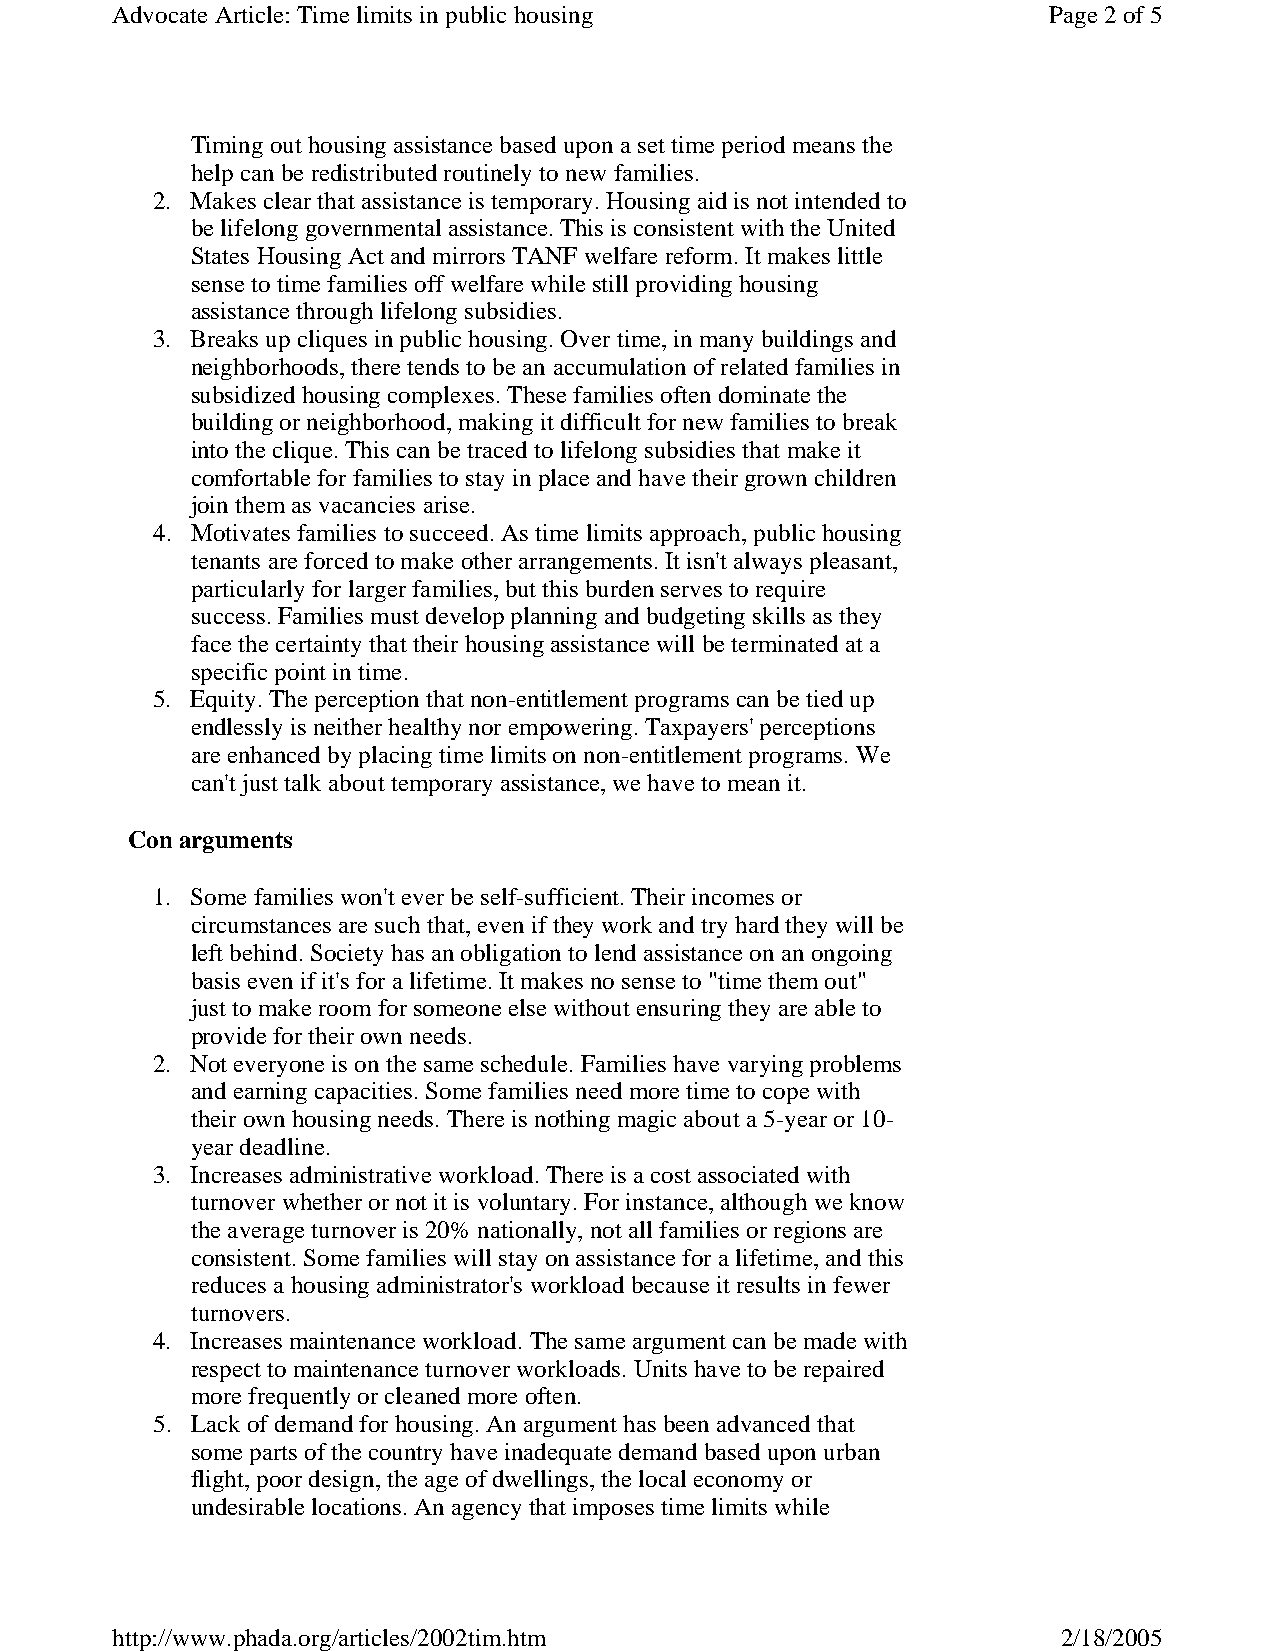
Advocate Article: Time limits in public housing               Page 2of 5
 Timing out housing assistance based upon a set time period means the
 help can be redistributed routinely to new families.
 2. Makes clear that assistance is temporary. Housing aid is not intended to
 be lifelong governmental assistance. This is consistent with the United
 States Housing Act and mirrors TANF welfare reform. It makes little
 sense to time families off welfare while still providing housing
 assistance through lifelong subsidies.
 3. Breaks up cliques in public housing. Over time, in many buildings and
 neighborhoods, there tends to be an accumulation of related families in
 subsidized housing complexes. These families often dominate the
 building or neighborhood, making it difficult for new families to break
 into the clique. This can be traced to lifelong subsidies that make it
 comfortable for families to stay in place and have their grown children
 join them as vacancies arise.
 4. Motivates families to succeed. As time limits approach, public housing
 tenants are forced to make other arrangements. It isn't always pleasant,
 particularly for larger families, but this burden serves to require
 success. Families must develop planning and budgeting skills as they
 face the certainty that their housing assistance will be terminated at a
 specific point in time.
 5. Equity. The perception that non-entitlement programs can be tied up
 endlessly is neither healthy nor empowering. Taxpayers' perceptions
 are enhanced by placing time limits on non-entitlement programs. We
 can't just talk about temporary assistance, we have to mean it.
 Con arguments
 1. Some families won't ever be self-sufficient. Their incomes or
 circumstances are such that, even if they work and try hard they will be
 left behind. Society has an obligation to lend assistance on an ongoing
 basis even if it's for a lifetime. It makes no sense to "time them out"
 just to make room for someone else without ensuring they are able to
 provide for their own needs.
 2. Not everyone is on the same schedule. Families have varying problems
 and earning capacities. Some families need more time to cope with
 their own housing needs. There is nothing magic about a 5-year or 10-
 year deadline.
 3. Increases administrative workload. There is a cost associated with
 turnover whether or not it is voluntary. For instance, although we know
 the average turnover is 20% nationally, not all families or regions are
 consistent. Some families will stay on assistance for a lifetime, and this
 reduces a housing administrator's workload because it results in fewer
 turnovers.
 4. Increases maintenance workload. The same argument can be made with
 respect to maintenance turnover workloads. Units have to be repaired
 more frequently or cleaned more often.
 5. Lack of demand for housing. An argument has been advanced that
 some parts of the country have inadequate demand based upon urban
 flight, poor design, the age of dwellings, the local economy or
 undesirable locations. An agency that imposes time limits while
 http://www.phada.org/articles/2002tim.htm                      2/18/2005